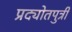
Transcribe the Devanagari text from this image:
प्रद्योतपुत्री